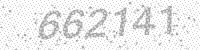
Solution: 662141